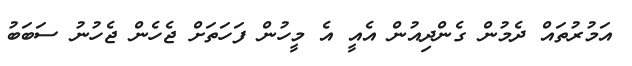
އަމުރުތައް ދެމުން ގެންދިއުން އެއީ އެ މީހުން ފަހަތަށް ޖެހެން ޖެހުނު ސަބަބު